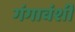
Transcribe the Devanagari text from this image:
गंगावंशी